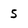
Character: 5